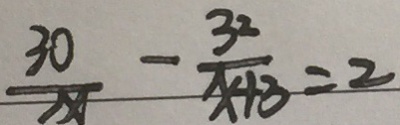
\frac { 3 0 } { x } - \frac { 3 2 } { x + 3 } = 2